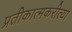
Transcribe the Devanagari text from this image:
प्रतीकात्मकरीत्या